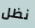
نظل